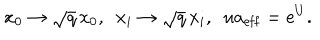
x _ { 0 } \rightarrow \sqrt { q } \, x _ { 0 } , ~ ~ x _ { i } \rightarrow \sqrt { q } \, x _ { i } , ~ ~ u a _ { \mathrm { e f f } } = e ^ { U } .